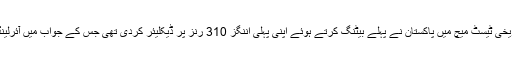
واضح رہے پاکستان اور آئرلینڈ کے درمیان کھیلے جارہے تاریخی ٹیسٹ میچ میں پاکستان نے پہلے بیٹنگ کرتے ہوئے اپنی پہلی اننگز 310 رنز پر ڈیکلیئر کردی تھی جس کے جواب میں آئرلینڈ کی پوری ٹیم 130 پر آؤٹ ہوکر فالو آن کا شکار ہوگئی تھی۔